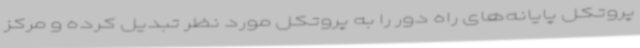
پروتکل پایانه‌های راه دور را به پروتکل مورد نظر تبدیل کرده و مرکز